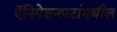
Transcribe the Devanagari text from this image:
ऍनिमेशनपटांमधील